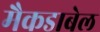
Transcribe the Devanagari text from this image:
मैकडाबेल